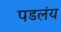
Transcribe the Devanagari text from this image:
पडलंय